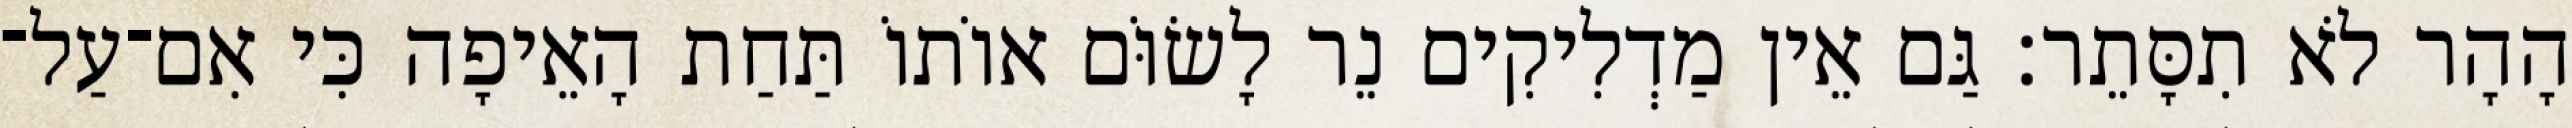
הָהָר לֹא תִסָּתֵר׃ גַּם אֵין מַדְלִיקִים נֵר לָשׂוֹּם אוֹתוֹ תַּחַת הָאֵיפָה כִּי אִם־עַל־